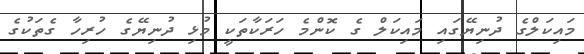
މައިކަލްގެ ދުނިޔޭގައި މައިކަލް ގެ ކޮންމެ ހަރަކާތަކީ މުޅި ދުނިޔޭގެ ހުރިހާ ގެތަކުގެ